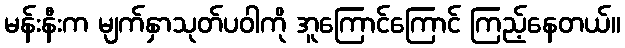
မန်းနီးက မျက်နှာသုတ်ပဝါကို အူကြောင်ကြောင် ကြည့်နေတယ်။